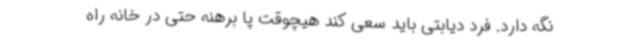
نگه دارد. فرد دیابتی باید سعی کند هیچوقت پا برهنه حتی در خانه راه